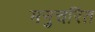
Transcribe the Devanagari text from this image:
मनुचरित